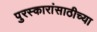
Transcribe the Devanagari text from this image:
पुरस्कारांसाठीच्या